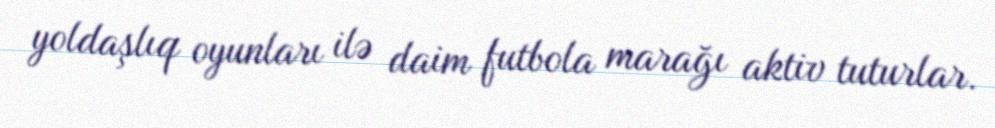
yoldaşlıq oyunları ilə daim futbola marağı aktiv tuturlar.